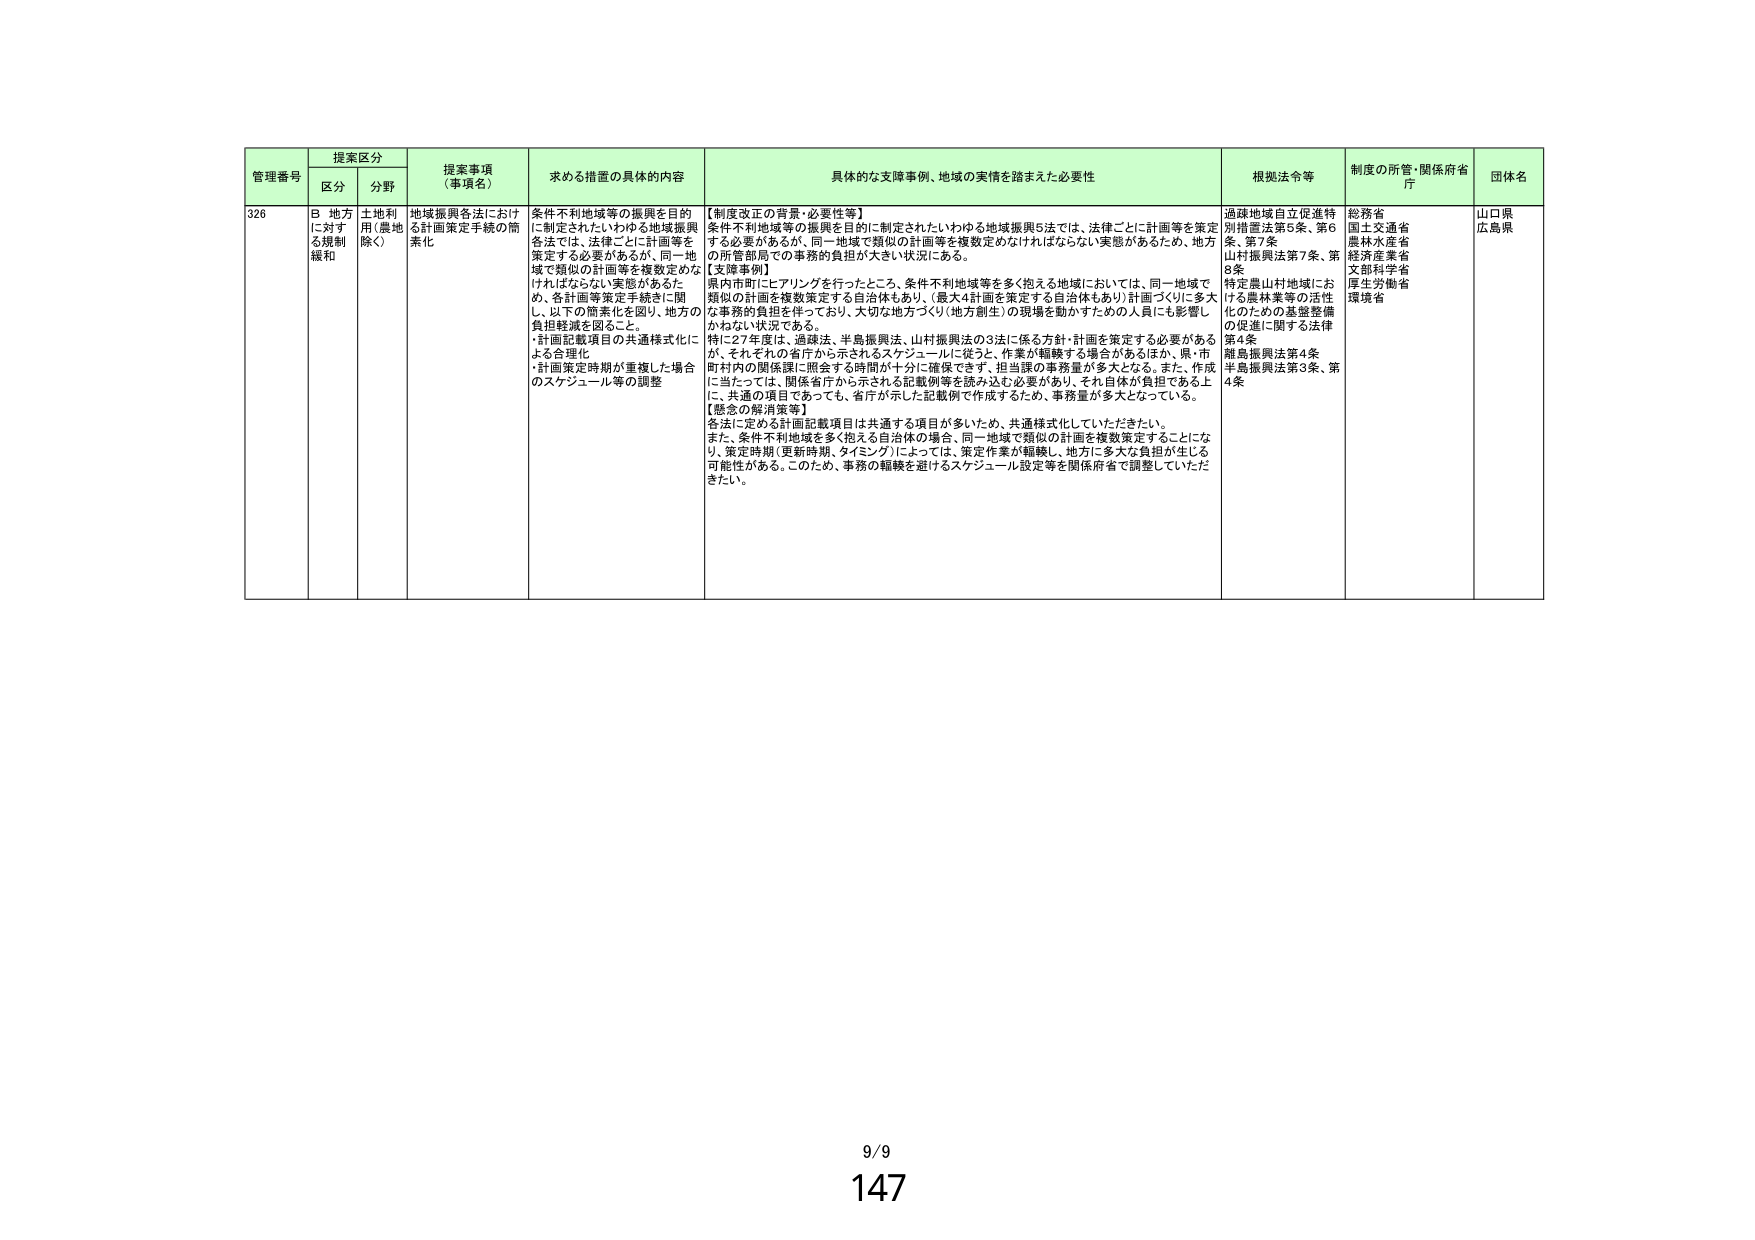
管理番号 提案区分 提案事項（事項名） 求める措置の具体的内容 具体的な支障事例、地域の実情を踏まえた必要性 根拠法令等 制度の所管・関係府省庁 団体名
区分 分野
326 B 地方に対する規制緩和 土地利用（農地除く） 地域振興各法における計画策定手続の簡素化 条件不利地域等の振興を目的に制定されたいわゆる地域振興各法では、法律ごとに計画等を策定する必要があるが、同一地域で類似の計画等を複数定めなければならない実態があるため、各計画等策定手続きに関し、以下の簡素化を図り、地方の負担軽減を図ること。
・計画記載項目の共通様式化による合理化
・計画策定時期が重複した場合のスケジュール等の調整 【制度改正の背景・必要性等】
条件不利地域等の振興を目的に制定されたいわゆる地域振興5法では、法律ごとに計画等を策定する必要があるが、同一地域で類似の計画等を複数定めなければならない実態があるため、地方の所管部局での事務的負担が大きい状況にある。
【支障事例】
県内市町にヒアリングを行ったところ、条件不利地域等を多く抱える地域においては、同一地域で類似の計画を複数策定する自治体もあり、（最大4計画を策定する自治体もあり）計画づくりに多大な事務的負担を伴っており、大切な地方づくり（地方創生）の現場を動かすための人員にも影響しかねない状況である。
特に27年度は、過疎法、半島振興法、山村振興法の3法に係る方針・計画を策定する必要があるが、それぞれの省庁から示されるスケジュールに従うと、作業が輻輳する場合があるほか、県・市町村内の関係課に照会する時間が十分に確保できず、担当課の事務量が多大となる。また、作成に当たっては、関係省庁から示される記載例等を読み込む必要があり、それ自体が負担である上に、共通の項目であっても、省庁が示した記載例で作成するため、事務量が多大となっている。
【懸念の解消策等】
各法に定める計画記載項目は共通する項目が多いため、共通様式化していただきたい。
また、条件不利地域を多く抱える自治体の場合、同一地域で類似の計画を複数策定することになり、策定時期（更新時期、タイミング）によっては、策定作業が輻輳し、地方に多大な負担が生じる可能性がある。このため、事務の輻輳を避けるスケジュール設定等を関係府省で調整していただきたい。 過疎地域自立促進特別措置法第5条、第6条、第7条
山村振興法第7条、第8条
特定農山村地域における農林業等の活性化のための基盤整備の促進に関する法律第4条
離島振興法第4条
半島振興法第3条、第4条 総務省
国土交通省
農林水産省
経済産業省
文部科学省
厚生労働省
環境省 山口県
広島県
9/9
147